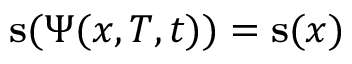
\mathbf { s } ( \Psi ( x , T , t ) ) = \mathbf { s } ( x )